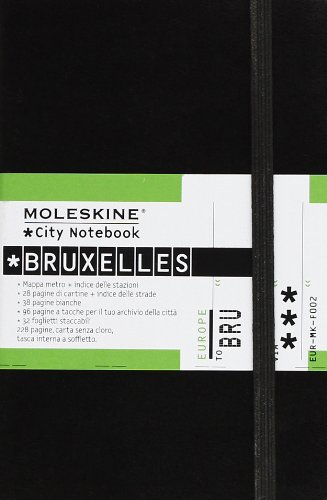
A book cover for Moleskine City Notebook Bruxelles (Brussels); Moleskine; Travel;